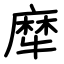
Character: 犘